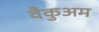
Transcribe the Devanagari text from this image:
वैकुअम